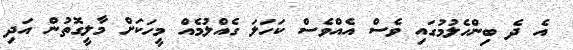
އެ ދެ ބިންހެލުމުގައި ވެސް އެއްވެސް ކަހަލަ ގެއްލުމެއް މީހަކަށް މާލީގޮތުން އަދި